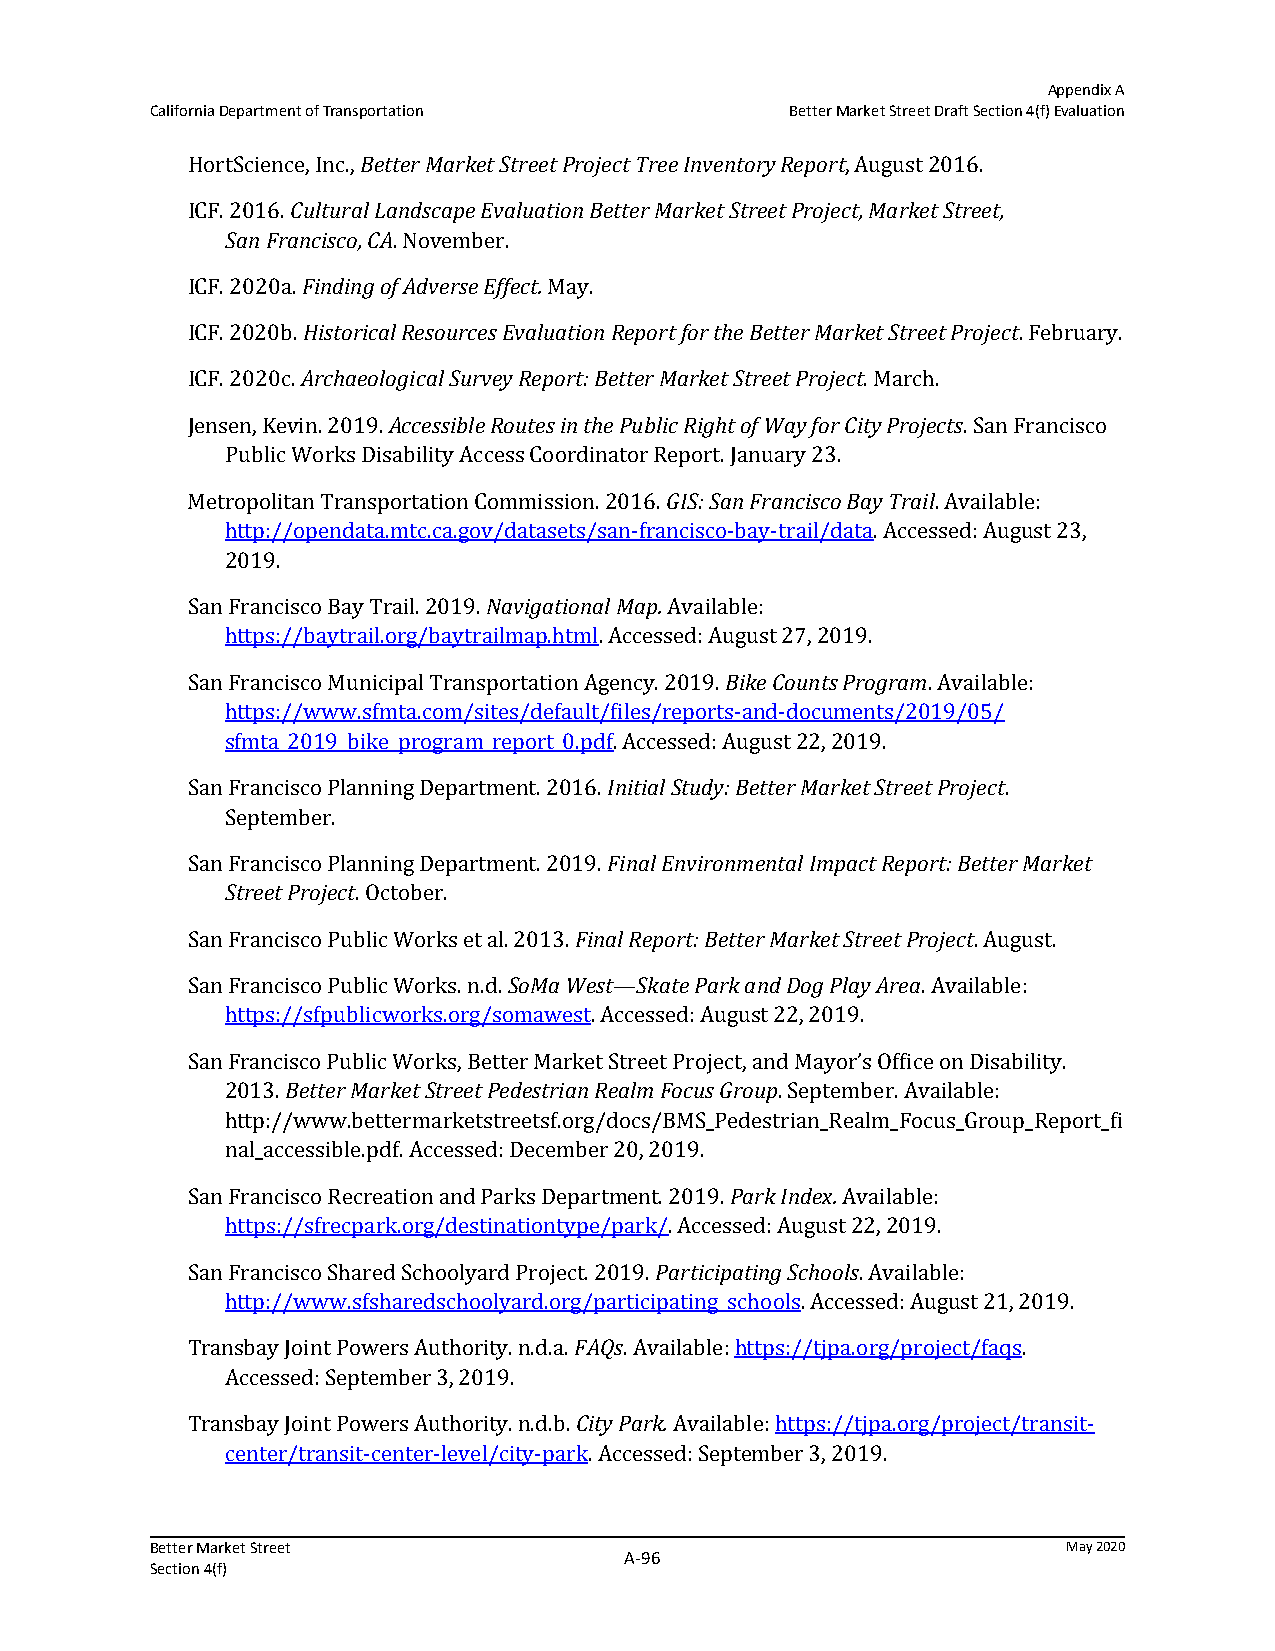
Appendix A
 California Department of Transportation   Better Market Street Draft Section 4(f) Evaluation
 HortScience, Inc., Better Market Street Project Tree Inventory Report, August 2016.
 ICF. 2016. Cultural Landscape Evaluation Better Market Street Project, Market Street,
 San Francisco, CA. November.
 ICF. 2020a. Finding of Adverse Effect. May.
 ICF. 2020b. Historical Resources Evaluation Report for the Better Market Street Project. February.
 ICF. 2020c. Archaeological Survey Report: Better Market Street Project. March.
 Jensen, Kevin. 2019. Accessible Routes in the Public Right of Way for City Projects. San Francisco
 Public Works Disability Access Coordinator Report. January 23.
 Metropolitan Transportation Commission. 2016. GIS: San Francisco Bay Trail. Available:
 http://opendata.mtc.ca.gov/datasets/san-francisco-bay-trail/data. Accessed: August 23,
 2019.
 San Francisco Bay Trail. 2019. Navigational Map. Available:
 https://baytrail.org/baytrailmap.html. Accessed: August 27, 2019.
 San Francisco Municipal Transportation Agency. 2019. Bike Counts Program. Available:
 https://www.sfmta.com/sites/default/files/reports-and-documents/2019/05/
 sfmta_2019_bike_program_report_0.pdf. Accessed: August 22, 2019.
 San Francisco Planning Department. 2016. Initial Study: Better Market Street Project.
 September.
 San Francisco Planning Department. 2019. Final Environmental Impact Report: Better Market
 Street Project. October.
 San Francisco Public Works et al. 2013. Final Report: Better Market Street Project. August.
 San Francisco Public Works. n.d. SoMa West—Skate Park and Dog Play Area. Available:
 https://sfpublicworks.org/somawest. Accessed: August 22, 2019.
 San Francisco Public Works, Better Market Street Project, and Mayor’s Office on Disability.
 2013. Better Market Street Pedestrian Realm Focus Group. September. Available:
 http://www.bettermarketstreetsf.org/docs/BMS_Pedestrian_Realm_Focus_Group_Report_fi
 nal_accessible.pdf. Accessed: December 20, 2019.
 San Francisco Recreation and Parks Department. 2019. Park Index. Available:
 https://sfrecpark.org/destinationtype/park/. Accessed: August 22, 2019.
 San Francisco Shared Schoolyard Project. 2019. Participating Schools. Available:
 http://www.sfsharedschoolyard.org/participating_schools. Accessed: August 21, 2019.
 Transbay Joint Powers Authority. n.d.a. FAQs. Available: https://tjpa.org/project/faqs.
 Accessed: September 3, 2019.
 Transbay Joint Powers Authority. n.d.b. City Park. Available: https://tjpa.org/project/transit-
 center/transit-center-level/city-park. Accessed: September 3, 2019.
 Better Market Street                                         May 2020
 A‐96
 Section 4(f)